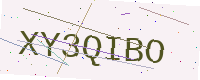
Text: XY3QIBO